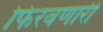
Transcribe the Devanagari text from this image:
फिरवणारी